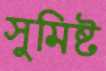
সুমিষ্ট